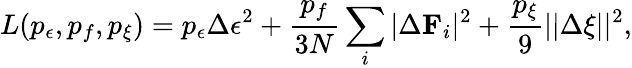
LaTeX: L(p_{\epsilon},p_{f},p_{\xi})=p_{\epsilon}\Delta\epsilon^{2}+\frac{p_{f}}{3N}\sum_{i}|\Delta\mathbf{F}_{i}|^{2}+\frac{p_{\xi}}{9}||\Delta\xi||^{2},